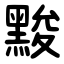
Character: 黢